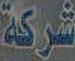
شركة